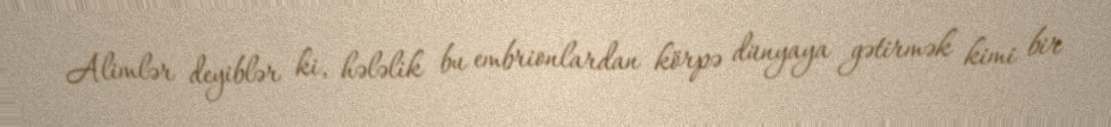
Alimlər deyiblər ki, hələlik bu embrionlardan körpə dünyaya gətirmək kimi bir